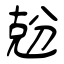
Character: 兝